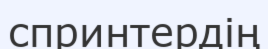
спринтердің